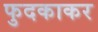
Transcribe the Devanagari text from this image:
फुदकाकर